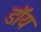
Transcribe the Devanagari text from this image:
डॉय